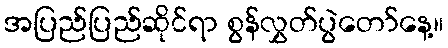
အပြည်ပြည်ဆိုင်ရာ စွန်လွှတ်ပွဲတော်နေ့။